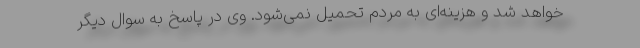
خواهد شد و هزینه‌ای به مردم تحمیل نمی‌شود. وی در پاسخ به سوال دیگر